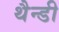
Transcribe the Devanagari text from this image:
थैन्डी